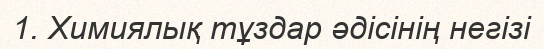
1. Химиялық тұздар әдісінің негізі